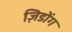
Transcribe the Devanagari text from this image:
ज़िडोंग